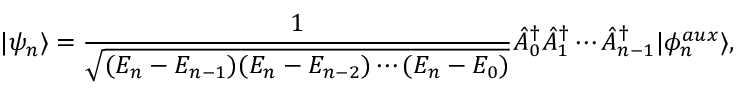
| \psi _ { n } \rangle = \frac { 1 } { \sqrt { ( E _ { n } - E _ { n - 1 } ) ( E _ { n } - E _ { n - 2 } ) \cdots ( E _ { n } - E _ { 0 } ) } } \hat { A } _ { 0 } ^ { \dagger } \hat { A } _ { 1 } ^ { \dagger } \cdots \hat { A } _ { n - 1 } ^ { \dagger } | \phi _ { n } ^ { a u x } \rangle ,